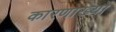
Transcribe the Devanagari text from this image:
कारणाख्यो